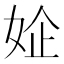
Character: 𰌃